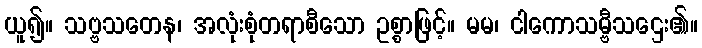
ယူ၍။ သဗ္ဗသတေန၊ အလုံးစုံတရာစီသော ဥစ္စာဖြင့်။ မမ၊ ငါကောသမ္ဗီသဌေး၏။